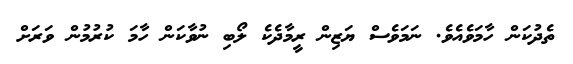
ތެދުކަން ހާމަވެއެވެ. ނަމަވެސް ޔަޒިން ރީމާދެކެ ލޯބި ނުވާކަން ހާމަ ކުރުމުން ވަރަށް